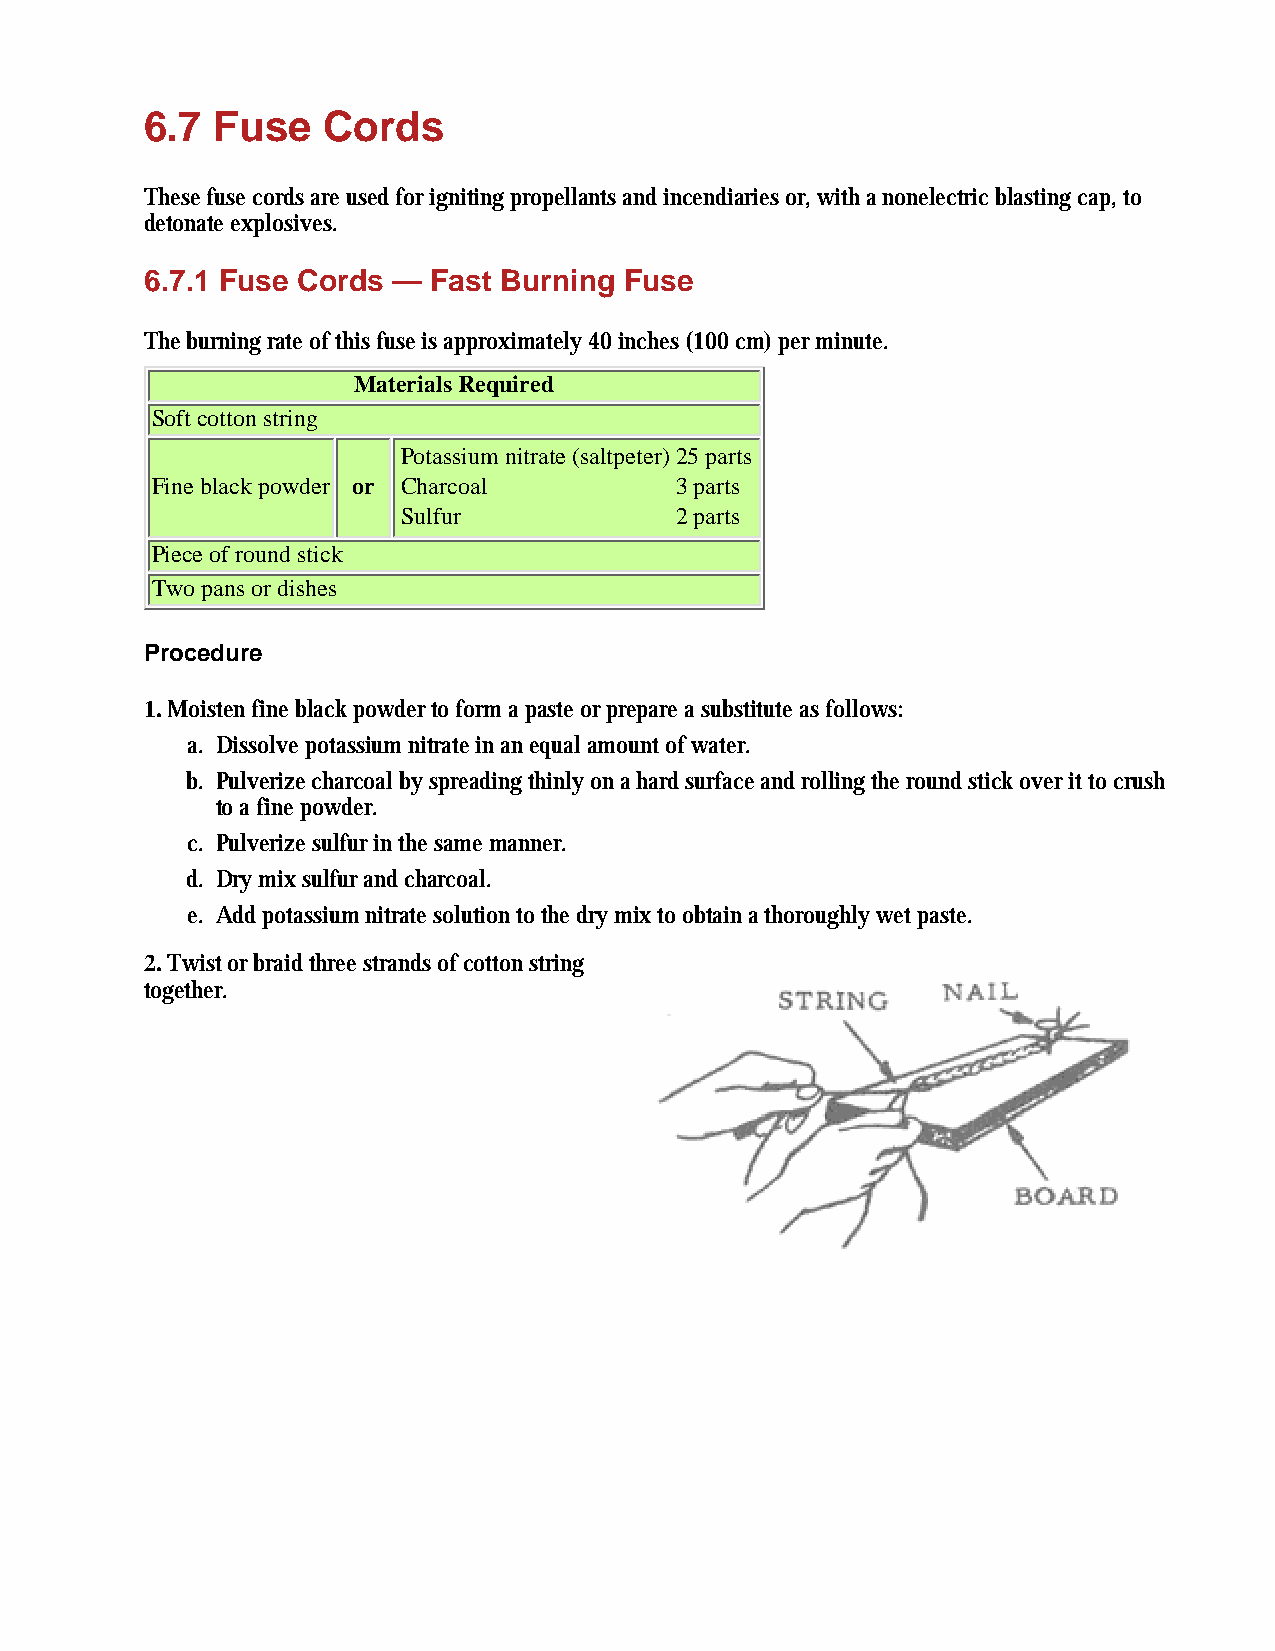
6.7 Fuse   Cords
 These fuse cords are used for igniting propellants and incendiaries or, with a nonelectric blasting cap, to
 detonate explosives.
 6.7.1 Fuse Cords — Fast Burning Fuse
 The burning rate of this fuse is approximately 40 inches (100 cm) per minute.
 Materials Required
 Soft cotton string
 Potassium nitrate (saltpeter)25 parts
 Fine black powder or Charcoal      3 parts
 Sulfur            2 parts
 Piece of round stick
 Two pans or dishes
 Procedure
 1. Moisten fine black powder to form a paste or prepare a substitute as follows:
 a. Dissolve potassium nitrate in an equal amount of water.
 b. Pulverize charcoal by spreading thinly on a hard surface and rolling the round stick over it to crush
 to a fine powder.
 c. Pulverize sulfur in the same manner.
 d. Dry mix sulfur and charcoal.
 e. Add potassium nitrate solution to the dry mix to obtain a thoroughly wet paste.
 2. Twist or braid three strands of cotton string
 together.